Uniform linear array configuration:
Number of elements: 64
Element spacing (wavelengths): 0.75
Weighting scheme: exponential
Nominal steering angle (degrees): -15
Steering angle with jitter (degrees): -14.207
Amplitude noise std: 0.05
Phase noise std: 0.05

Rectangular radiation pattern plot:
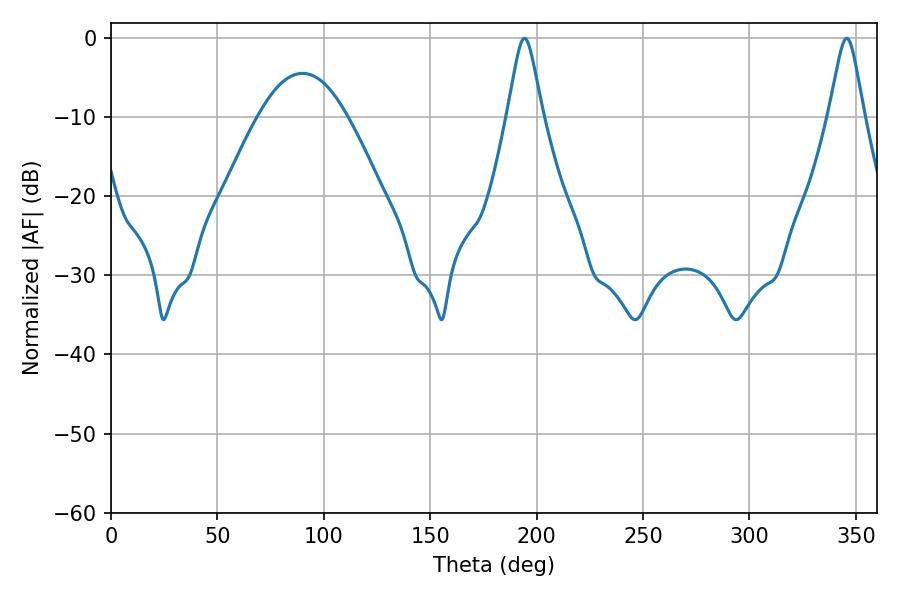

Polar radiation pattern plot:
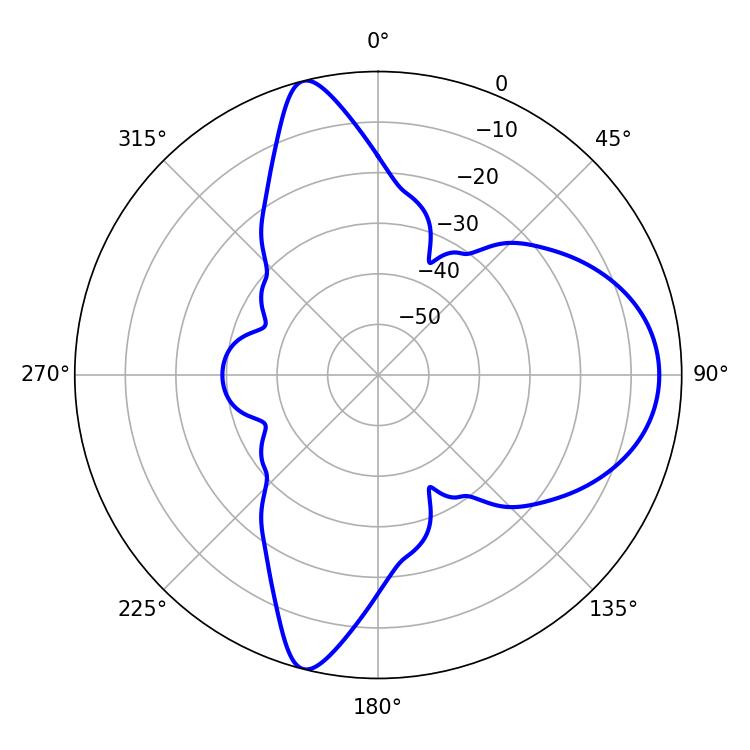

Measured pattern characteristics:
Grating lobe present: TRUE
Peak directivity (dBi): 12.125
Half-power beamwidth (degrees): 7.74
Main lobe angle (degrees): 194.22